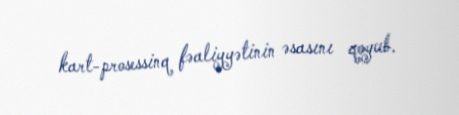
kart-prosessinq fəaliyyətinin əsasını qoyub.